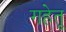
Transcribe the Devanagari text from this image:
गहेतू